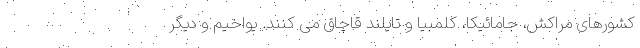
کشورهای مراکش، جامائیکا، کلمبیا و تایلند قاچاق می کنند. یواخیم و دیگر